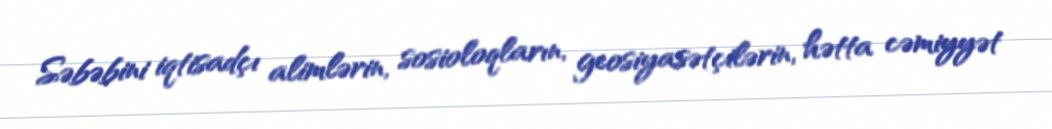
Səbəbini iqtisadçı alimlərin, sosioloqların, geosiyasətçilərin, hətta cəmiyyət